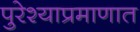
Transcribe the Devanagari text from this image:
पुरेश्याप्रमाणात